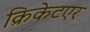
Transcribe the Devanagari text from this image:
क्रिकेटएर